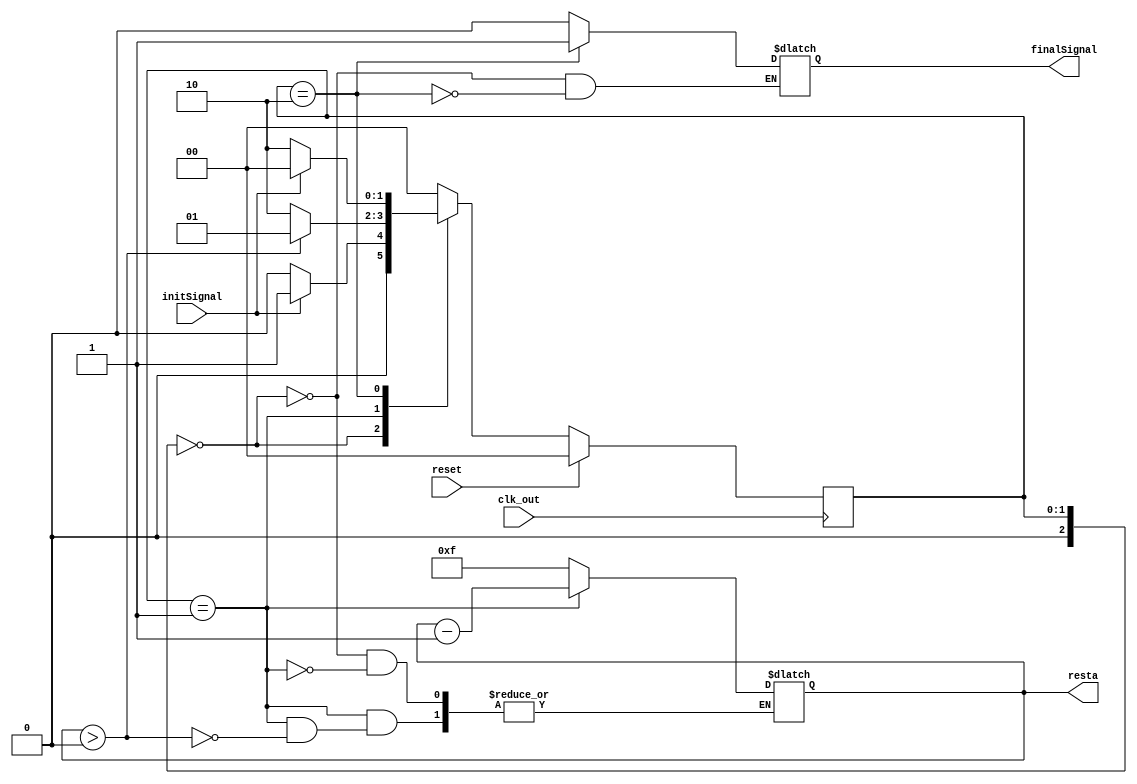
`timescale 1ns / 1ps
//////////////////////////////////////////////////////////////////////////////////
// Company: 
// Engineer: 
// 
// Design Name: 
// Module Name:    progresiveCount 
// Project Name: 
// Target Devices: 
// Tool versions: 
// Description: 
//
// Dependencies: 
//
// Revision: 
// Revision 0.01 - File Created
// Additional Comments: 
//
//////////////////////////////////////////////////////////////////////////////////
module regresiveCount(initSignal,finalSignal,clk_out,reset,resta
    );

input initSignal;
output reg finalSignal;
input clk_out;
input reset;
output reg [3:0] resta;	

localparam 	STATE_0 = 3'd0,
						STATE_1 = 3'd1,
						STATE_2 = 3'd2;
reg [2:0] state, nxtState; 
initial begin
	state = 0;
end

always @ ( posedge clk_out ) begin
	if (reset)
		state <= STATE_0;
	else begin
		state <= nxtState;
	end
end


always @ ( * ) begin
	nxtState = state;
	case (state)
		STATE_0:	
		begin
			resta=4'd15;
			finalSignal=1'b0;
			if(initSignal) nxtState = STATE_1;
			else nxtState = STATE_0;
		end
		STATE_1:
		begin
			if(resta>0)
			begin 
				resta= resta-4'd1;
				nxtState = STATE_1;
			end
			else nxtState = STATE_2;
		end
		STATE_2:	
		begin
			finalSignal=1'b1;
			if(initSignal) nxtState = STATE_0;
			else nxtState = STATE_2;
		end
		default:
		begin
			nxtState = STATE_0;
		end
	endcase
end


endmodule